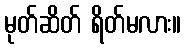
မုတ်ဆိတ် ရိတ်မလား။